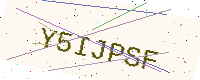
Text: Y5IJPSF